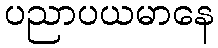
ပညာပယမာနေ